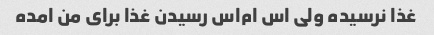
غذا نرسیده ولی اس ام‌اس رسیدن غذا برای من امده